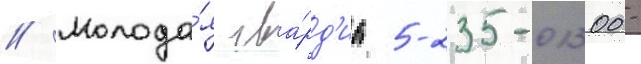
// Молода́я гва́рд'иа 5-235-01300-